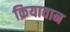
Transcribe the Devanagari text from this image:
क्रियावान